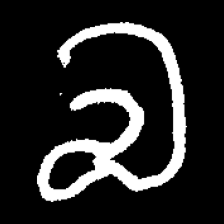
Pyu character \u2014 Myanmar letter: လ (romanized: la)